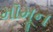
મૉમૂન